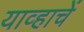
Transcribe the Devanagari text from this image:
याव्हाचें